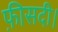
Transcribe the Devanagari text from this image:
फ़ीसदी।